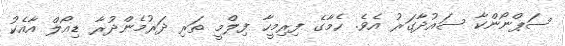
ސަޕްނޯންކާ ސައުދާގަރު އެވެ. ހެމާގެ ފިރިމީހާ ފިލްމީ ތަރި ދަރުމެންދުރާ ޑިއޯލް އާއެކު